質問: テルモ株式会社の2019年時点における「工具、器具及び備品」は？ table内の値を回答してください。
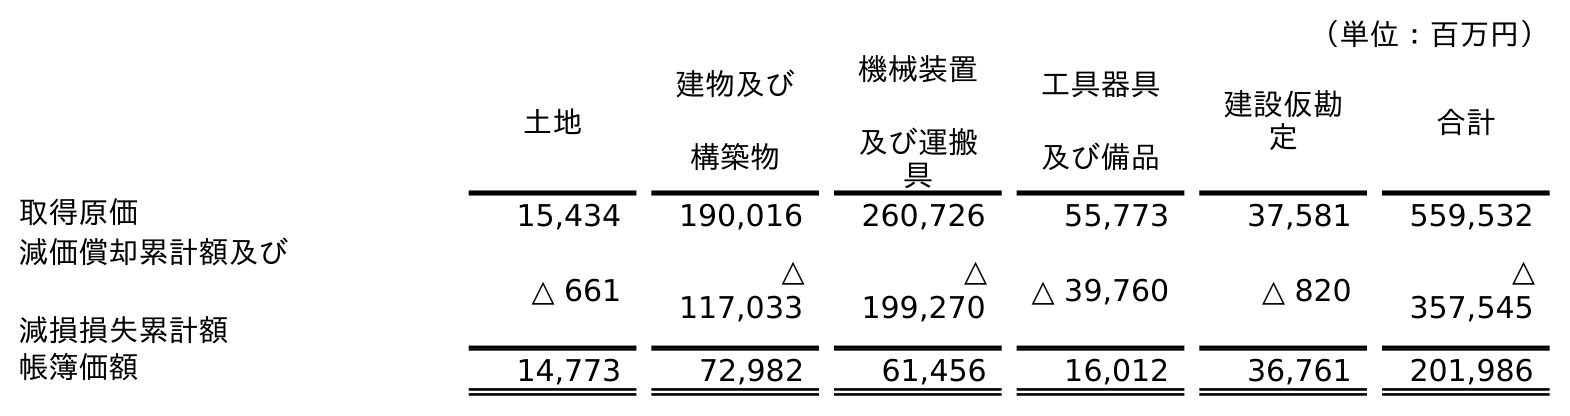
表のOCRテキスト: （単位：百万円） 土地 建物及び 構築物 機械装置 及び運搬 具 工具器具 及び備品 建設仮勘 定 合計 取得原価 15,434 190,016 260,726 55,773 37,581 559,532 減価償却累計額及び 減損損失累計額 △ 661 △ 117,033 △ 199,270 △ 39,760 △ 820 △ 357,545 帳簿価額 14,773 72,982 61,456 16,012 36,761 201,986
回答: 16,012